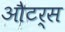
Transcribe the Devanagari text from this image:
औटर्स